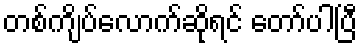
တစ်ကျိပ်လောက်ဆိုရင် တော်ပါပြီ